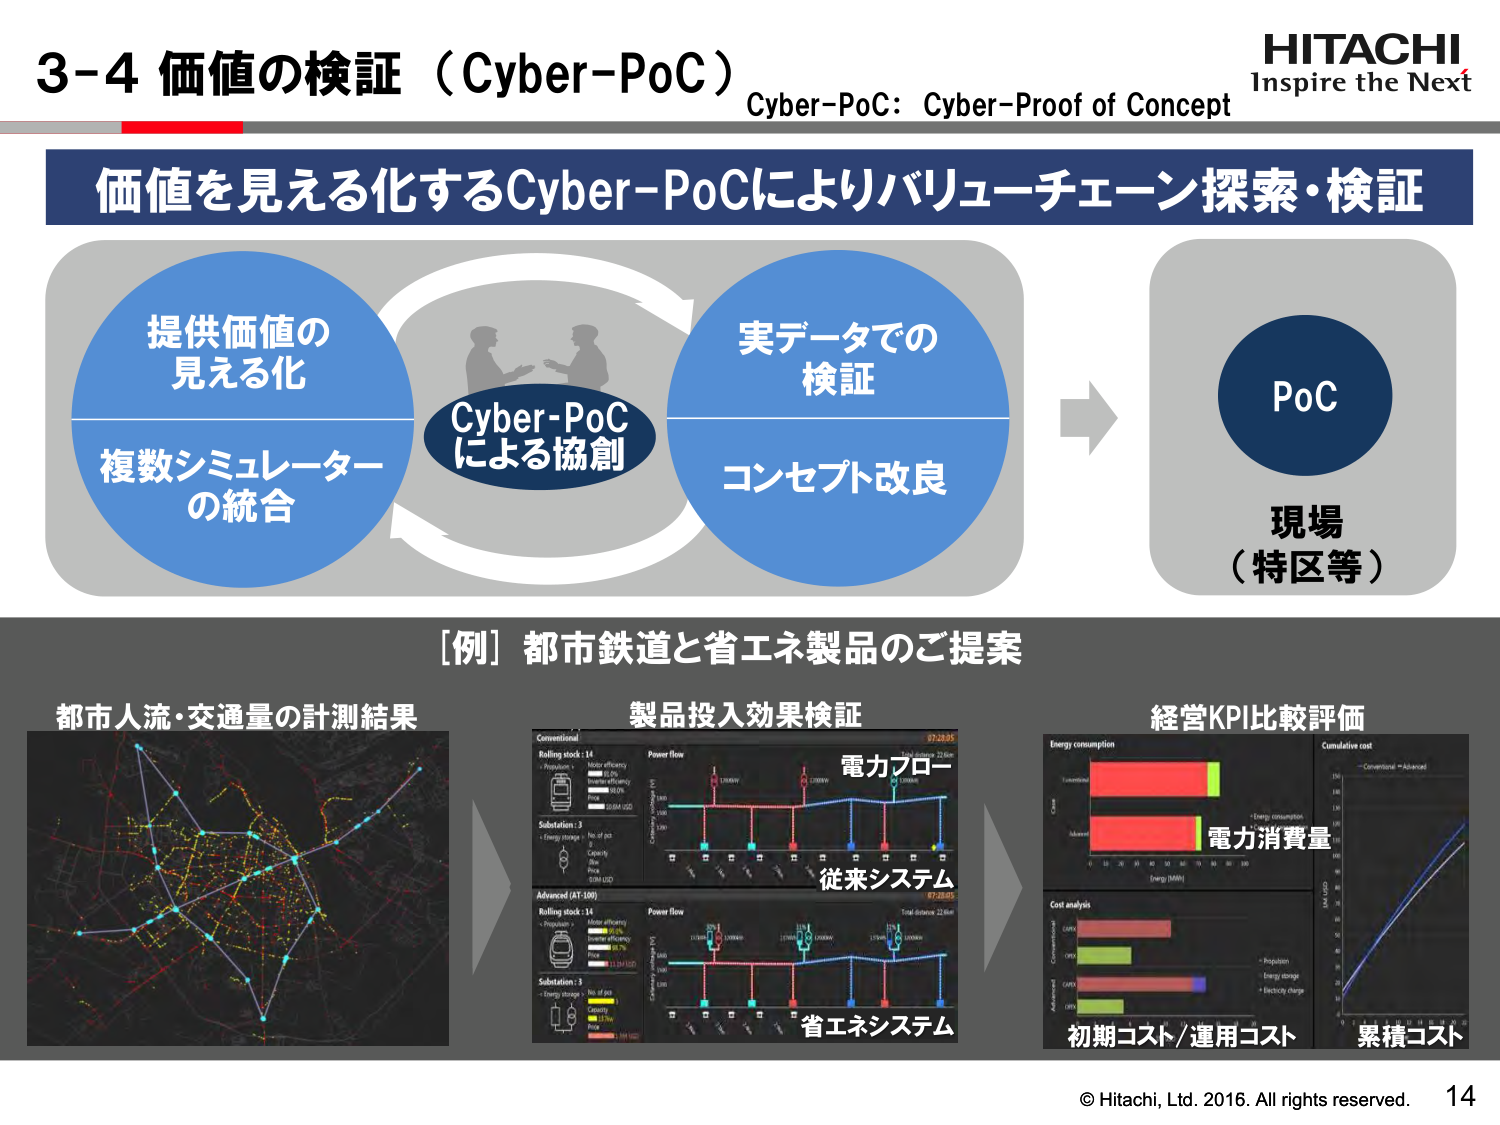
3-4 価値の検証（Cyber-PoC）
Cyber-PoC: Cyber-Proof of Concept

価値を見える化するCyber-PoCによりバリューチェーン探索・検証

提供価値の
見える化
複数シミュレーター
の統合

Cyber-PoC
による協創

実データでの
検証
コンセプト改良

PoC
現場
（特区等）

［例］都市鉄道と省エネ製品のご提案

都市人流・交通量の計測結果

製品投入効果検証
Conventional
Rolling stock: 14
Motor efficiency
Propulsion: 85%
Energy storage: 80%
500M USD
Substation: 3
No. of pcs
Capacity
Power
500M USD
Advanced (AT-100)
Rolling stock: 14
Motor efficiency
Propulsion: 90%
Energy storage: 85%
500M USD
Substation: 3
No. of pcs
Capacity
Power
150M USD
Power flow
Total distance: 20.6km
電力フロー
従来システム
Power flow
Total distance: 20.6km
省エネシステム

経営KPI比較評価
Energy consumption
Cumulative cost
Energy consumption
電力消費量
Cost analysis
Propulsion
Energy efficiency
Electricity charge
初期コスト/運用コスト
累積コスト

© Hitachi, Ltd. 2016. All rights reserved.
14
HITACHI
Inspire the Next